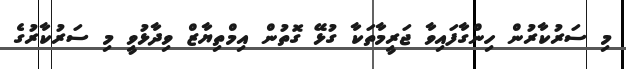
މި ސަރުކާރުން ހިންގާފައިވާ ޖަރީމާތަކާ ގުޅޭ ގޮތުން އިމްތިޔާޒް ވިދާޅުވީ މި ސަރުކާރުގެ